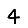
Digit: 4